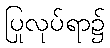
ပြုလုပ်ရာ၌